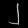
Digit: ၂